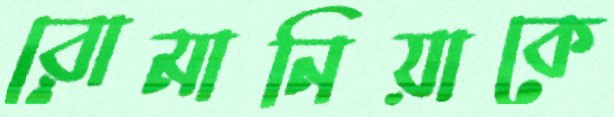
রোমানিয়াকে